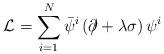
LaTeX: \begin{align*}\mathcal{L}=\sum_{i=1}^{N}\bar{\psi}^{i}\left( \partial \!\!\!\slash+\lambda\sigma \right) \psi ^{i} \end{align*}